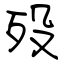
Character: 殁